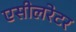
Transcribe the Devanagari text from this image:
एसीलरेटर